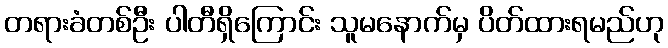
တရားခံတစ်ဦး ပါတီရှိကြောင်း သူမနောက်မှ ပိတ်ထားရမည်ဟု